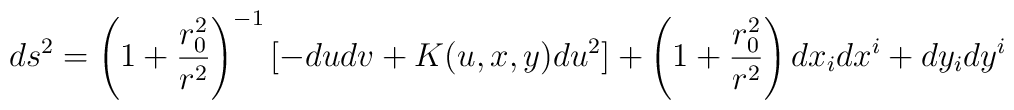
ds^2 = \left(1 + {{r_0^2} \over {r^2}}\right)^{-1} [-dudv + K(u,x,y) du^2] +\left(1 + {{r_0^2} \over {r^2}}\right) dx_i dx^i +dy_i dy^i